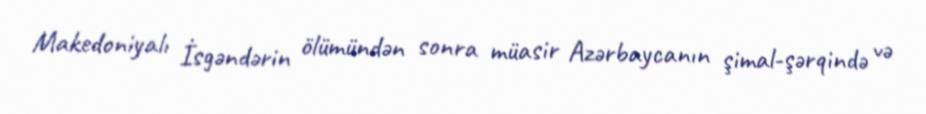
Makedoniyalı İsgəndərin ölümündən sonra müasir Azərbaycanın şimal-şərqində və